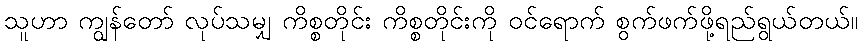
သူဟာ ကျွန်တော် လုပ်သမျှ ကိစ္စတိုင်း ကိစ္စတိုင်းကို ဝင်ရောက် စွက်ဖက်ဖို့ရည်ရွယ်တယ်။